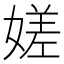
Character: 嫅